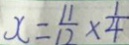
x = \frac { 1 1 } { 1 2 } \times \frac { 1 } { 4 }